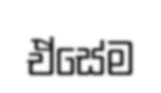
ඒසේම